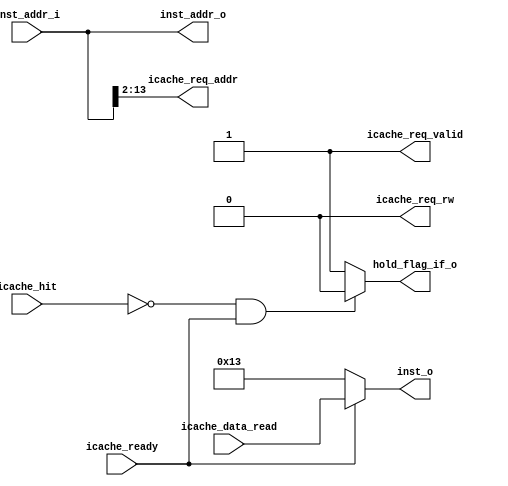
module IF
(
	//from pc 
	input wire  [63:0] inst_addr_i     ,
	//I-Cache
	//to icache
	output wire [11:0] icache_req_addr ,
	output wire        icache_req_valid,
	output wire        icache_req_rw   ,
	//from icache
	input wire [31:0]  icache_data_read,
	input wire         icache_ready    ,
	input wire         icache_hit      ,
	//to if_id
	output wire [63:0] inst_addr_o     ,
	output wire [31:0] inst_o          ,
	//to ctrl
	output wire        hold_flag_if_o
);

	assign inst_addr_o   = inst_addr_i ;

	assign icache_req_addr  = inst_addr_i[13:2];
	assign icache_req_valid = 1'b1             ;
	assign icache_req_rw    = 1'b0             ;
	
	assign inst_o = (icache_ready == 1'b1) ? icache_data_read:32'h00000013;

	assign hold_flag_if_o = (icache_hit == 1'b0 && icache_ready == 1'b1) ? 1'b0:1'b1;
 
endmodule